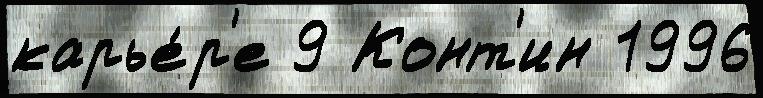
карье́р'е 9 Конт'ин 1996